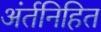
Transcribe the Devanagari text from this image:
अंर्तनिहित